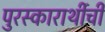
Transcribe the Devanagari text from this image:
पुरस्कारार्थीची